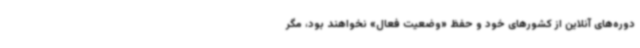
دوره‌های آنلاین از کشورهای خود و حفظ «وضعیت فعال» نخواهند بود، مگر